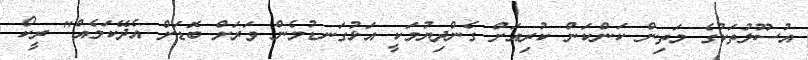
އުސޫލުތަކުގެ މަތިން ކަންކަން ކުރިއަށް ގެންދިޔުމަކީ އަޅުގަނޑުމެން ވަރަށް ބޮޑަށް އެދޭކަމެއް" ރީކޯ